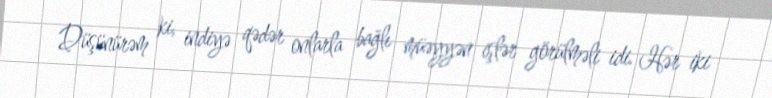
Düşünürəm ki, indiyə qədər onlarla bağlı müəyyən işlər görülməli idi. Hər iki